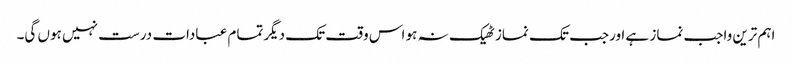
اہم ترین واجب نماز ہے اورجب تک نماز ٹھیک نہ ہو اس وقت تک دیگرتمام عبادات درست نہیں ہوں گی۔